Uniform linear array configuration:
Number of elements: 32
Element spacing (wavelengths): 0.75
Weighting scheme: binomial
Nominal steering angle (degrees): -15
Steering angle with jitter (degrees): -16.467
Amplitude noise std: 0.05
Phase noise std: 0.05

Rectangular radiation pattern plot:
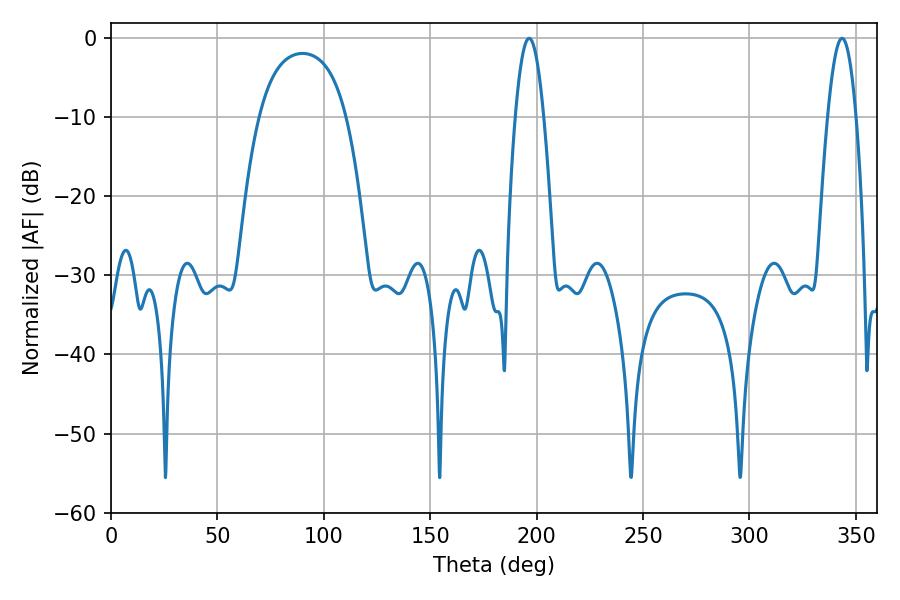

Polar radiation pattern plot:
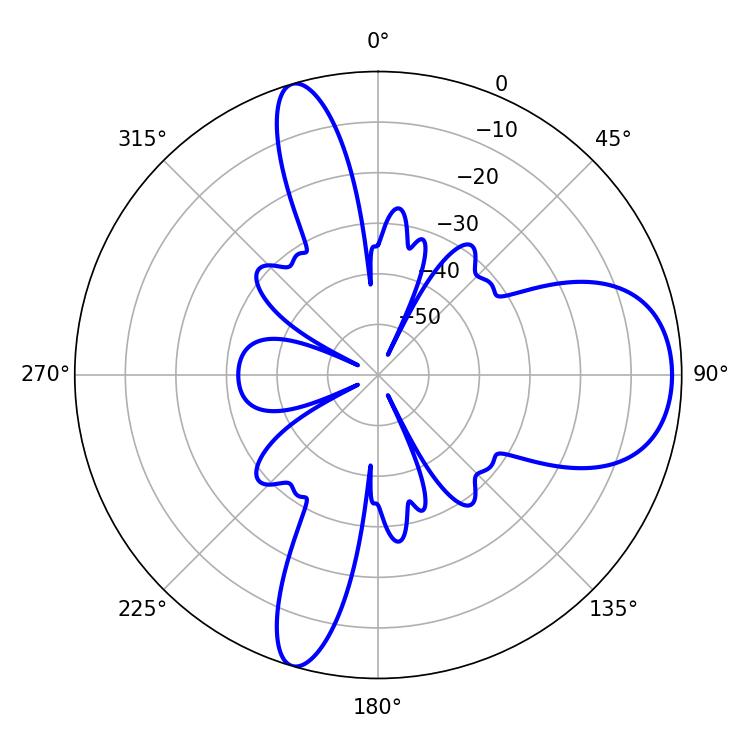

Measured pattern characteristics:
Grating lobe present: TRUE
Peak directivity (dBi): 9.34
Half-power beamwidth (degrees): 7.2
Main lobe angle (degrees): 343.44